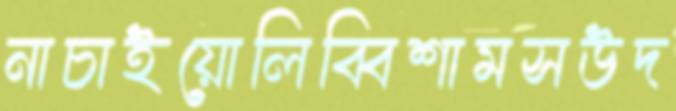
নাচাইয়োলিব্বিশামসউদ